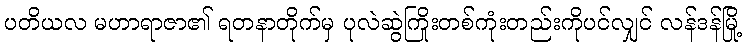
ပတိယလ မဟာရာဇာ၏ ရတနာတိုက်မှ ပုလဲဆွဲကြိုးတစ်ကုံးတည်းကိုပင်လျှင် လန်ဒန်မြို့